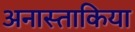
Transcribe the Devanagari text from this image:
अनास्ताकिया